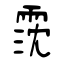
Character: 霃